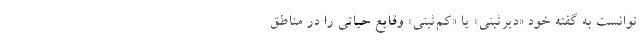
توانست به گفته خود «ديرثبتي» يا «كم‌ثبتي» وقايع حياتي را در مناطق